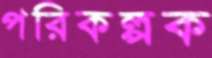
পরিকল্পক